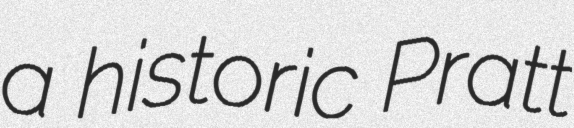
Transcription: a historic Pratt